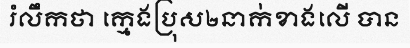
រំលឹកថា ក្មេងប្រុស២នាក់ខាងលើ បាន